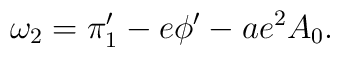
\omega_2 = \pi_1' - e\phi'- ae^2A_0.